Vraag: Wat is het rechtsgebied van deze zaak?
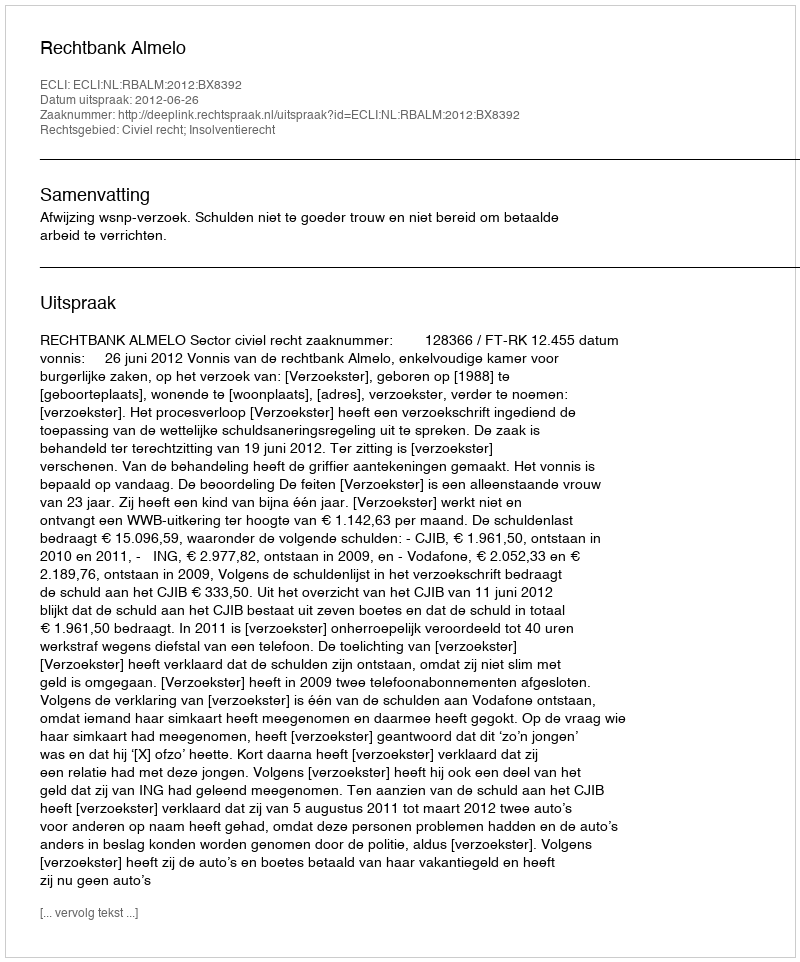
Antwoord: Civiel recht; Insolventierecht